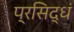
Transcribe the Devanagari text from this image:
प्रसिद्धं